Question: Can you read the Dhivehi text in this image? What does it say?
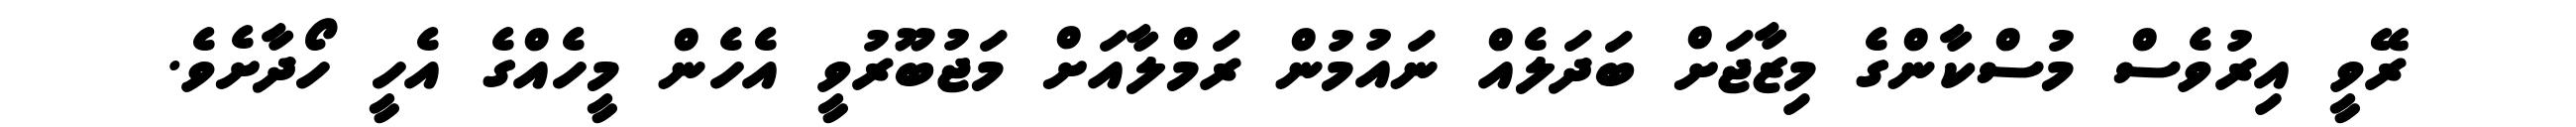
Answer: ރޭވީ އިރުވެސް މުސްކާންގެ މިޒާޖަށް ބަދަލެއް ނައުމުން ރަމްލާއަށް މަޖުބޫރުވީ އެހެން މީހެއްގެ އެހީ ހޯދާށެވެ.